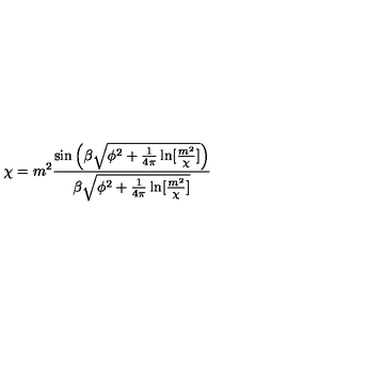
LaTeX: \chi = m ^ { 2 } \frac { \sin \left( \beta \sqrt { \phi ^ { 2 } + \frac { 1 } { 4 \pi } \ln [ \frac { m ^ { 2 } } { \chi } ] } \right) } { \beta \sqrt { \phi ^ { 2 } + \frac { 1 } { 4 \pi } \ln [ \frac { m ^ { 2 } } { \chi } ] } }